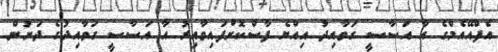
އެފްއޭއެމްގެ އާ އަސާސީ ގަވާއިދު އިއްޔެ ފާސްކޮށްފައިވާއިރު އާ އަސާސީ ގަވާއިދުގެ ދަށުން